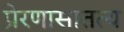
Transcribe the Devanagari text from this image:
प्रेरणासातत्य